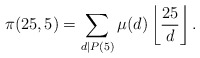
\begin{align*} \pi(25, 5) = \sum_{d \mid P(5)} \mu(d) \left\lfloor \frac{25}{d} \right\rfloor. \end{align*}